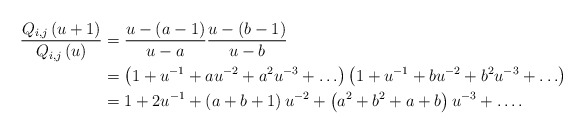
\begin{align*}\frac{Q_{i,j}\left(u+1\right)}{Q_{i,j}\left(u\right)}&=\frac{u-\left(a-1\right)}{u-a}\frac{u-\left(b-1\right)}{u-b} \\&= \left(1+u^{-1}+au^{-2}+a^2u^{-3}+\ldots\right)\left(1+u^{-1}+bu^{-2}+b^2u^{-3}+\ldots\right)\\&= 1+2u^{-1}+\left(a+b+1\right)u^{-2}+\left(a^2+b^2+a+b\right)u^{-3}+\ldots.\end{align*}